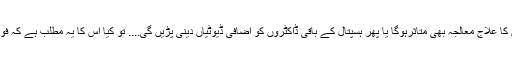
دوسرے لفظوں میں اس عمل سے فوج کے اپنے مریضوں کی دیکھ بھال اوران کا علاج معالجہ بھی متاثرہوگا یا پھر ہسپتال کے باقی ڈاکٹروں کو اضافی ڈیوٹیاں دینی پڑیں گی.... تو کیا اس کا یہ مطلب ہے کہ فوج کے ڈاکٹر ہڑتال کر دیں کہ نہیں جناب ہم یہ اضافی ڈیوٹیاں نہیں دے سکتے!